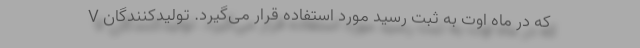
V که در ماه اوت به ثبت رسید مورد استفاده قرار می‌گیرد. تولیدکنندگان